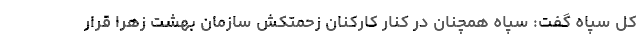
کل سپاه گفت: سپاه همچنان در کنار کارکنان زحمتکش سازمان بهشت زهرا قرار